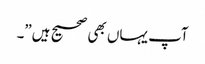
آپ یہاں بھی صحیح ہیں”۔